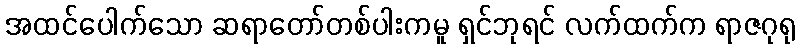
အထင်ပေါက်သော ဆရာတော်တစ်ပါးကမူ ရှင်ဘုရင် လက်ထက်က ရာဇဂုရု